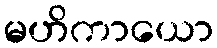
မဟိကာယော